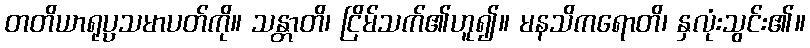
တတိယာရုပ္ပသမာပတ်ကို။ သန္တာတိ၊ ငြိမ်သက်၏ဟူ၍။ မနသိကရောတိ၊ နှလုံးသွင်း၏။